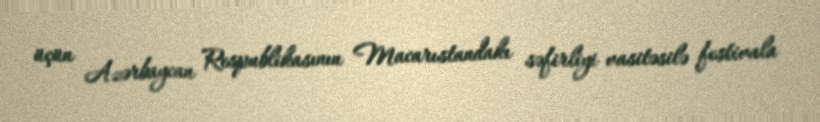
üçün Azərbaycan Respublikasının Macarıstandakı səfirliyi vasitəsilə festivala